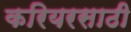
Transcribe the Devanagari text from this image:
करियरसाठी